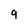
Character: 9